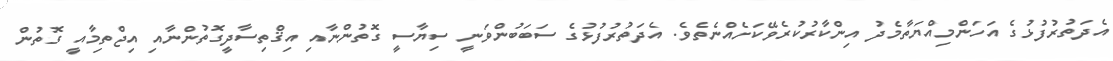
އެދަތުރުފުޅުގެ އަހަންމިއްޔަތާމެދު އިންކާރުކުރެވޭކަށެއްނެތެވެ. އެދަތުރުފުޅުގެ ސަބަބުންވަނީ ސިޔާސީ ގޮތުންނާއި އިޤްތިސާދީގޮތުންނާއި އިޖްތިމާއީ ގޮތުން